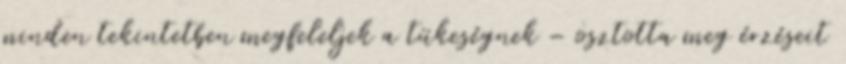
minden tekintetben megfeleljek a tükeségnek – osztotta meg érzéseit